Report of the Municipal Commissioner on the plague in Bombay for the year ending 31st May... - Volume 2
Disease focus: Plague
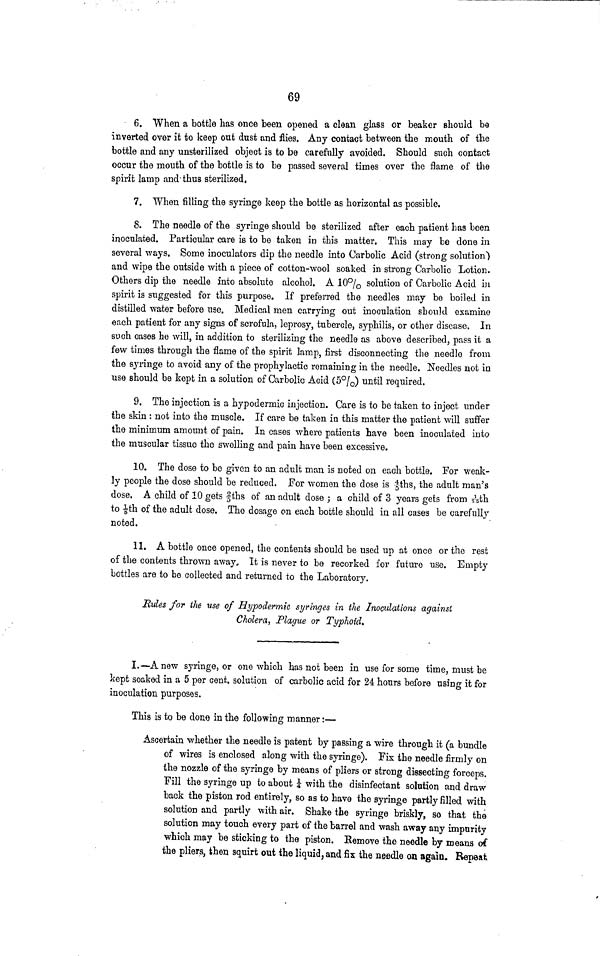
69
6. When a bottle has once been opened a clean glass or beaker should be
inverted over it to keep out dust and flies. Any contact between the mouth of the
bottle and any unsterilized object is to be carefully avoided. Should such contact
occur the mouth of the bottle is to be passed several times over the flame of the
spirit lamp and'thus sterilized,
7. When filling the syringe keep the bottle as horizontal as possible.
8. The needle of the syringe should be sterilized after each patient has been
inoculated. Particular care is to be taken in this matter. This may be done in
several ways. Some inoculators dip the needle into Carbolic Acid (strong solution)
and wipe the outside with a piece of cotton-wool soaked in strong Carbolic Lotion.
Others dip the needle into absolute alcohol. A 10% solution of Carbolic Acid in
spirit is suggested for this purpose. If preferred the needles may be boiled in
distilled water before use. Medical men carrying out inoculation should examine
each patient for any signs of scrofula, leprosy, tubercle, syphilis, or other disease. In
such cases he will, in addition to sterilizing the needle as above described, pass it a
few times through the flame of the spirit lamp, first disconnecting the needle from
the syringe to avoid any of the prophylactic remaining in the needle. Needles not in
use should be kept in a solution of Carbolic Acid (5%) until required.
9. The injection is a hypodermic injection. Care is to be taken to inject under
the skin : not into the muscle. If care be taken in this matter the patient will suffer
the minimum amount of pain. In cases where patients have been inoculated into
the muscular tissue the swelling and pain have been excessive.
10. The dose to be given to an adult man is noted on each bottle. For weak-
ly people the dose should be reduced. For women the dose is 4/5ths, the adult man's
dose. A child of 10 gets 2/3 ths of an adult dose ; a child of 3 years gets from 1/2 5 th
to 1/8th of the adult dose. The dosage on each bottle should in all cases be carefully
noted.
11. A bottle once opened, the contents should be used up at once or the rest
of the contents thrown away. It is never to be recorked for future use. Empty
bottles are to be collected and returned to the Laboratory.
Rules for the use of Hypodermic syringes in the Inoculations against
Cholera, Plague or Typhoid.
I.—Anew syringe, or one which has not been in use for some time, must be
kept soaked in a 5 per cent, solution of carbolic acid for 24 hours before using it for
inoculation purposes.
This is to be done in the following manner:—
Ascertain whether the needle is patent by passing a wire through it (a bundle
of wires is enclosed along with the syringe). Fix the needle firmly on
the nozzle of the syringe by means of pliers or strong dissecting forceps.
Fill the syringe up to about 1/4 with the disinfectant solution and draw
back the piston rod entirely, so as to have the syringe partly filled with
solution and partly with air. Shake the syringe briskly, so that the
solution may touch every part of the barrel and wash away any impurity
which may be sticking to the piston. Remove the needle by means of
the pliers, then squirt out the liquid, and fix the needle on again. Repeat